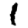
Digit: 1